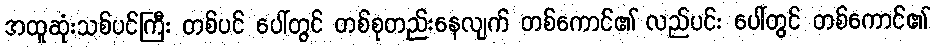
အထူဆုံးသစ်ပင်ကြီး တစ်ပင် ပေါ်တွင် တစ်စုတည်းနေလျက် တစ်ကောင်၏ လည်ပင်း ပေါ်တွင် တစ်ကောင်၏